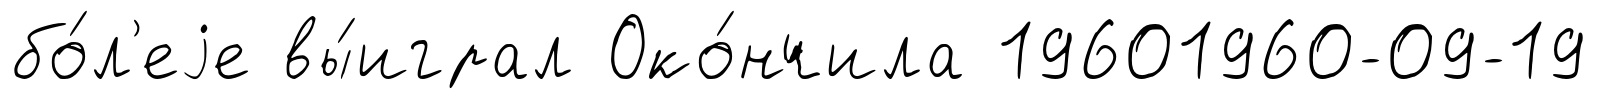
бо́л'еjе вы́играл Око́нчила 19601960-09-19